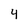
Character: 4